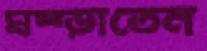
ঘষ্‌ড়াতেন